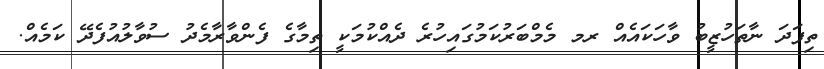
ތިފަދަ ނާތަހުޒީބު ވާހަކައެއް ރމ މެމްބަރުކަމުގައިހުރެ ދެއްކުމަކީ ތިމާގެ ފެންވާރާމެދު ސުވާލުއުފެދޭ ކަމެއް.